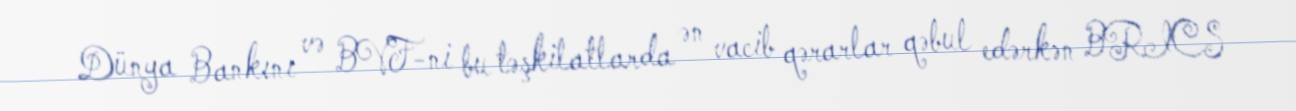
Dünya Bankını və BVF-ni bu təşkilatlarda ən vacib qərarlar qəbul edərkən BRICS